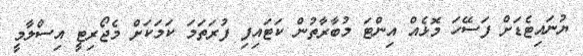
ޔުނައިޓެޑަށް ފަސޭހަ މޮޅެއް އިންޓަ މުބާރާތުން ކަޓައިފި ފުރަތަމަ ކަމަކަށް މެޖޯރިޓީ އިސްލާމީ